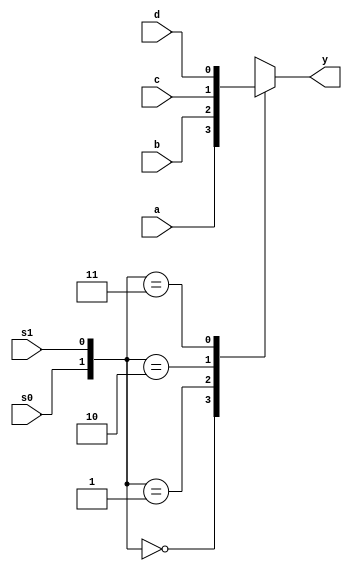

module mux4x1behavioural(a,b,c,d,s0,s1,y);
input a,b,c,d;
input s0,s1;//select lines
output reg y;
always@(*)
begin
case({s0,s1})
2'b00 : y=a;
2'b01 : y=b;
2'b10 : y=c;
2'b11 : y=d;
endcase
end 
endmodule